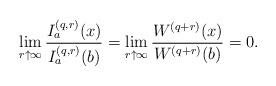
LaTeX: \begin{align*}\lim_{r \uparrow \infty}\frac {I_a^{(q,r)}(x)} {I_a^{(q,r)}(b)} = \lim_{r \uparrow \infty} \frac {W^{(q+r)}(x)} {W^{(q+r)}(b)} = 0.\end{align*}